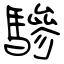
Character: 驂